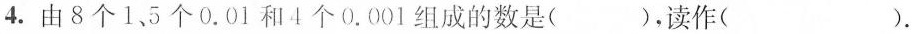
4.由8个1、5个0.01和4个0.001组成的数是（ ），读作（ ）。